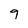
Character: 9